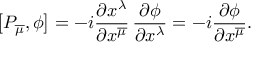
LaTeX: \big [ P _ { \overline { { { \mu } } } } , \phi \big ] = - i { \frac { \partial x ^ { \lambda } } { \partial x ^ { \overline { { { \mu } } } } } } \, { \frac { \partial \phi } { \partial x ^ { \lambda } } } = - i { \frac { \partial \phi } { \partial x ^ { \overline { { \mu } } } } } .